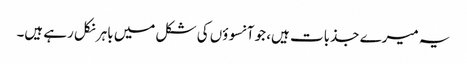
یہ میرے جذبات ہیں، جو آنسوؤں کی شکل میں باہر نکل رہے ہیں۔